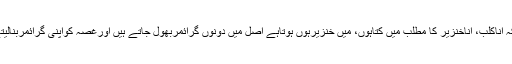
حالانکہ اناکلب، اناخنزیر کا مطلب میں کُتاہوں، میں خنزیرہوں ہوتاہے اصل میں دونوں گرائمربھول جاتے ہیں اورغُصّہ کواپنی گرائمربنالیتے ہیں۔